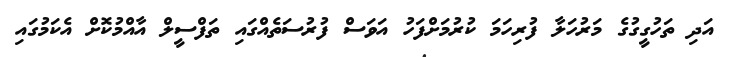
އަދި ތަހުގީގުގެ މަރުހަލާ ފުރިހަމަ ކުރުމަށްފަހު އަވަސް ފުރުސަތެއްގައި ތަފްސީލް އާއްމުކޮށް އެކަމުގައި